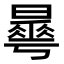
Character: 𣋓